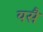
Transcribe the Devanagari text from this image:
यसै